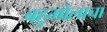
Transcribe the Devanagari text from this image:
बहुमोलाचा